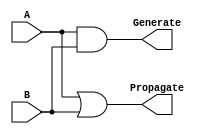
// CLA by Winor Chen

/* One bit Carry Lookahead Adder Unit.
 *
 * wchen329@wisc.edu
 */
module adder_1bit_cla_unit(Propagate, Generate, A, B);
	output Propagate, Generate;
	input A, B;

	assign Propagate = A | B;
	assign Generate = A & B;
endmodule

/* One bit adder with no carry out.
 *
 * wchen329@wisc.edu
 */
module adder_1bit_partial(Sum, A, B, Cin);
	output Sum;
	input A, B, Cin;
	wire A_xor_B;

	assign A_xor_B = ((~A & B) | (A & ~B));
	assign Sum = (~A_xor_B & Cin) | (A_xor_B & ~Cin);

endmodule

/* A simple four-bit Carry-Lookahead Adder which doesn't
 * do anything but add four bits and a carry-in
 * to produce a four-bit result. Also calculates the propagate and generate using Carry-Look-Ahead Logic
 * so it could connect to other adder_4bit_cla_simple
 *
 * wchen329@wisc.edu
 */
module adder_4bit_cla_simple(Propagate, Generate, Sum, A, B, Cin);

	output[3:0] Sum;
	output Propagate, Generate;
	input [3:0] A, B;
	input Cin;

	// Propagate and Generate signals
	wire [3:0] p, g;
	wire msb_cin, msb_cout, msb_pos_cin;

	adder_1bit_cla_unit SIG_0(p[0], g[0], A[0], B[0]);
	adder_1bit_cla_unit SIG_1(p[1], g[1], A[1], B[1]);
	adder_1bit_cla_unit SIG_2(p[2], g[2], A[2], B[2]);
	adder_1bit_cla_unit SIG_3(p[3], g[3], A[3], B[3]);

	// Add
	adder_1bit_partial SUM_0(Sum[0], A[0], B[0], Cin);
	adder_1bit_partial SUM_1(Sum[1], A[1], B[1], g[0] | (p[0] & Cin));
	adder_1bit_partial SUM_2(Sum[2], A[2], B[2], g[1] | (p[1] & (g[0] | (p[0] & Cin))));
	adder_1bit_partial SUM_3(Sum[3], A[3], B[3], g[2] | (p[2] & (g[1] | (p[1] & (g[0] | (p[0] & Cin))))));

	// Calculate Generate
	assign Generate = (A[3] & B[3]) | ((A[3] | B[3]) & ((A[2] & B[2]) | ((A[2] | B[2]) & ((A[1] & B[1]) | ((A[1] | B[1]) & (A[0] & B[0]))))));

	// Calculate Propagate
	assign Propagate = Generate | ((A[0] | B[0]) & (A[1] | B[1]) & (A[2] | B[2]) & (A[3] | B[3]));

endmodule

/* A simple 8-bit carry look ahead adder
 * Only adds.
 *
 * wchen329@wisc.edu
 */
module adder_8bit_cla_simple(Sum, A, B);
	output [7:0] Sum;
	input [7:0] A, B;

	// The propagate and generate signal for each block
	wire [1:0] p, g;

	// Add A, B together, calculate operation
	adder_4bit_cla_simple BLOCK_0 (p[0], g[0], Sum[3:0], A[3:0], B[3:0], 1'b0);
	adder_4bit_cla_simple BLOCK_1 (p[1], g[1], Sum[7:4], A[7:4], B[7:4], g[0]);

endmodule

/* A simple 16-bit carry look ahead adder
 * Only adds.
 *
 * wchen329@wisc.edu
 */
module adder_16bit_cla_simple(Sum, A, B);
	output [15:0] Sum;
	input [15:0] A, B;

	// The propagate and generate signal for each block
	wire [3:0] p, g;

	// Add A, B together, calculate operation
	adder_4bit_cla_simple BLOCK_0 (p[0], g[0], Sum[3:0], A[3:0], B[3:0], 1'b0);
	adder_4bit_cla_simple BLOCK_1 (p[1], g[1], Sum[7:4], A[7:4], B[7:4], g[0]);
	adder_4bit_cla_simple BLOCK_2 (p[2], g[2], Sum[11:8], A[11:8], B[11:8], g[1] | (p[1] & (g[0] )));
	adder_4bit_cla_simple BLOCK_3 (, g[3], Sum[15:12], A[15:12], B[15:12], g[2] | (p[2] & (g[1] | (p[1] & (g[0])))));

endmodule